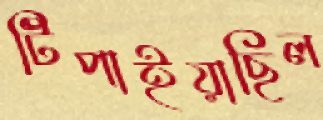
টিপাইয়াছিল